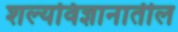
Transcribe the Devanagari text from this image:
शल्यविज्ञानातील